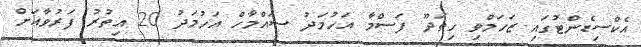
އެކްސިޑެންޓުގައި ޒަހަމްވި ހިތަދޫ ފަސްމާ އަހުމަދު ސައްމާހް އަހުމަދު 20 އިތުރު ފަރުވާއަށް